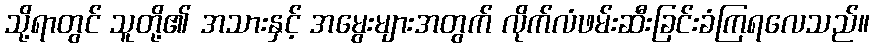
သို့ရာတွင် သူတို့၏ အသားနှင့် အမွေးများအတွက် လိုက်လံဖမ်းဆီးခြင်းခံကြရလေသည်။